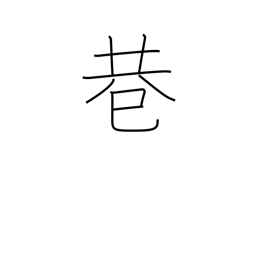
Meaning: fork in road